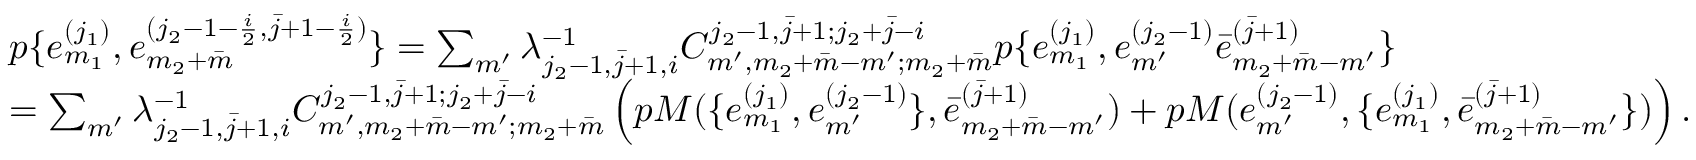
\begin{array} { r l } & { p \{ e _ { m _ { 1 } } ^ { ( j _ { 1 } ) } , e _ { m _ { 2 } + \bar { m } } ^ { ( j _ { 2 } - 1 - \frac { i } { 2 } , \bar { j } + 1 - \frac { i } { 2 } ) } \} = \sum _ { m ^ { \prime } } \lambda _ { j _ { 2 } - 1 , \bar { j } + 1 , i } ^ { - 1 } C _ { m ^ { \prime } , m _ { 2 } + \bar { m } - m ^ { \prime } ; m _ { 2 } + \bar { m } } ^ { j _ { 2 } - 1 , \bar { j } + 1 ; j _ { 2 } + \bar { j } - i } p \{ e _ { m _ { 1 } } ^ { ( j _ { 1 } ) } , e _ { m ^ { \prime } } ^ { ( j _ { 2 } - 1 ) } \bar { e } _ { m _ { 2 } + \bar { m } - m ^ { \prime } } ^ { ( \bar { j } + 1 ) } \} } \\ & { = \sum _ { m ^ { \prime } } \lambda _ { j _ { 2 } - 1 , \bar { j } + 1 , i } ^ { - 1 } C _ { m ^ { \prime } , m _ { 2 } + \bar { m } - m ^ { \prime } ; m _ { 2 } + \bar { m } } ^ { j _ { 2 } - 1 , \bar { j } + 1 ; j _ { 2 } + \bar { j } - i } \left( p M ( \{ e _ { m _ { 1 } } ^ { ( j _ { 1 } ) } , e _ { m ^ { \prime } } ^ { ( j _ { 2 } - 1 ) } \} , \bar { e } _ { m _ { 2 } + \bar { m } - m ^ { \prime } } ^ { ( \bar { j } + 1 ) } ) + p M ( e _ { m ^ { \prime } } ^ { ( j _ { 2 } - 1 ) } , \{ e _ { m _ { 1 } } ^ { ( j _ { 1 } ) } , \bar { e } _ { m _ { 2 } + \bar { m } - m ^ { \prime } } ^ { ( \bar { j } + 1 ) } \} ) \right) . } \end{array}